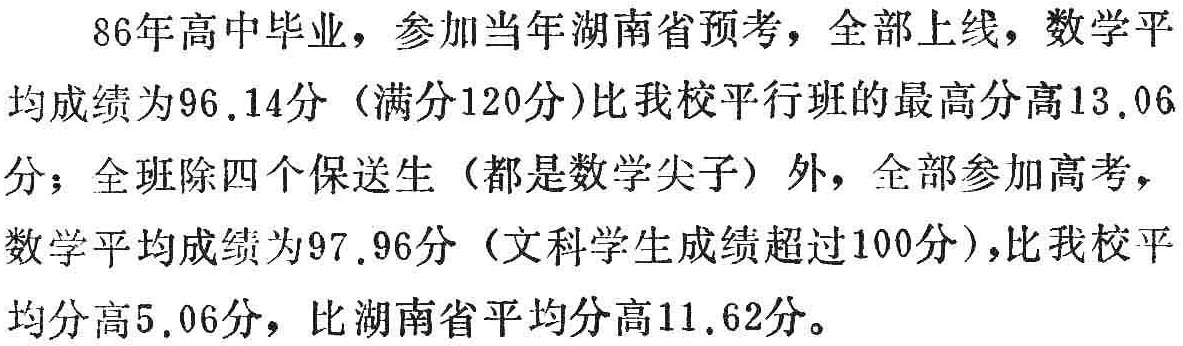
86年高中毕业，参加当年湖南省预考，全部上线，数学平均成绩为96.14分（满分120分）比我校平行班的最高分高13.06分；全班除四个保送生（都是数学尖子）外，全部参加高考，数学平均成绩为97.96分（文科学生成绩超过100分），比我校平均分高5.06分，比湖南省平均分高11.62分。